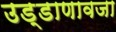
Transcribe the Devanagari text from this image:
उड्डाणावजा